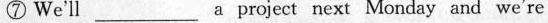
⑦ We'll__a project next Monday and we're